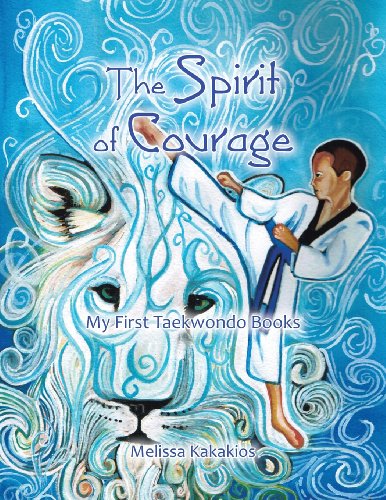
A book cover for The Spirit of Courage: My First Tae Kwon Do Books; Melissa Kakakios; Children's Books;